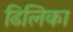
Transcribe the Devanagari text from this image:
ढिलिका